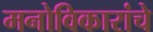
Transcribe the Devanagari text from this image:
मनोविकारांचे